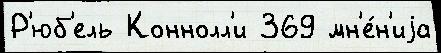
Р'юб'ель Коннолл'и 369 мн'е́н'иjа